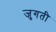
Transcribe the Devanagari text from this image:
जुगती